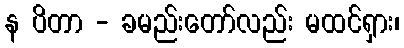
န ပိတာ - ခမည်းတော်လည်း မထင်ရှား၊